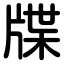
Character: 牒